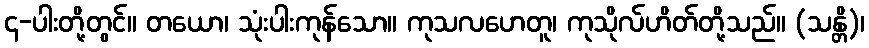
၄-ပါးတို့တွင်။ တယော၊ သုံးပါးကုန်သော။ ကုသလဟေတူ၊ ကုသိုလ်ဟိတ်တို့သည်။ (သန္တိ)၊